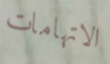
الاتهامات